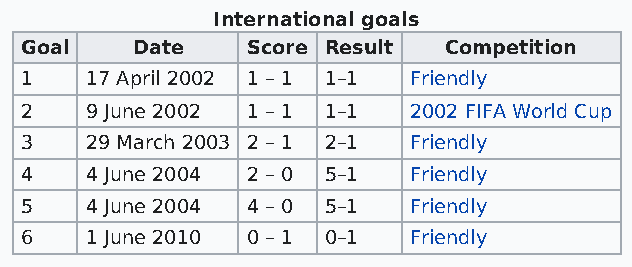
International goals
 Goal    Date   Score Result Competition
 1    17 April 2002 1 – 1 1–1 Friendly
 2    9 June 2002 1 – 1 1–1 2002 FIFA World Cup
 3    29 March 2003 2 – 1 2–1 Friendly
 4    4 June 2004 2 – 0 5–1 Friendly
 5    4 June 2004 4 – 0 5–1 Friendly
 6    1 June 2010 0 – 1 0–1 Friendly